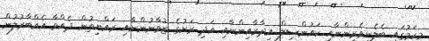
މިކަމުގައި ބެލެނިވެރިންނާއި ކައުންސިލް އިދާރާއިންނާއި އަދި ރަށުގެ ޒުވާނުންނާއި ރައްޔިތުން ދެއްވާ އެއްބާރުލުން